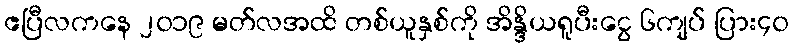
ဧပြီလကနေ ၂၀၁၉ မတ်လအထိ တစ်ယူနှစ်ကို အိန္ဒိယရူပီးငွေ ၆ကျပ် ပြား၄၀